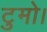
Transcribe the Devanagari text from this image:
टुमो।